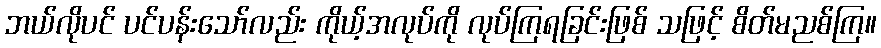
ဘယ်လိုပင် ပင်ပန်းသော်လည်း ကိုယ့်အလုပ်ကို လုပ်ကြရခြင်းဖြစ် သဖြင့် စိတ်မညစ်ကြ။